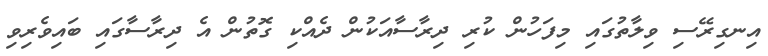
އިނގިރޭސި ވިލާތުގައި މިފަހުން ކުރި ދިރާސާއަކުން ދެއްކި ގޮތުން އެ ދިރާސާގައި ބައިވެރިވި